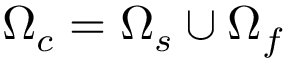
\Omega _ { c } = \Omega _ { s } \cup \Omega _ { f }